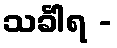
သင်္ခါရ -